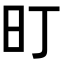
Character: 𭥌